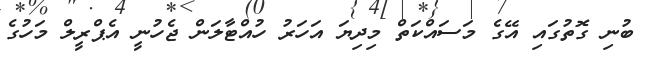
ބުނި ގޮތުގައި އޭގެ މަސައްކަތް މިދިޔަ އަހަރު ހުއްޓާލަން ޖެހުނީ އެޕްރީލް މަހުގެ